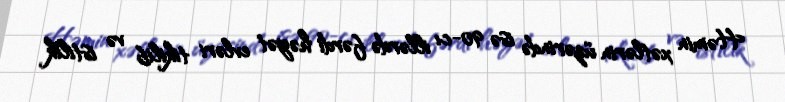
Həmin xətlərin üzərində isə 90-cı illərdə fərdi həyət evləri tikilib və istilik